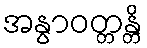
အနွာဝတ္တန္တိ